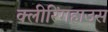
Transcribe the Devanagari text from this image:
क्लीरिंगहाउस